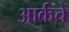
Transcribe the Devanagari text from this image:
आर्कचे